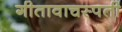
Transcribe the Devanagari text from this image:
गीतावाचस्पती